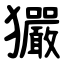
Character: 玁